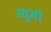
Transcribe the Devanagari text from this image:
ब्यूमी